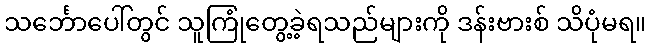
သင်္ဘောပေါ်တွင် သူကြုံတွေ့ခဲ့ရသည်များကို ဒန်းဗားစ် သိပုံမရ။